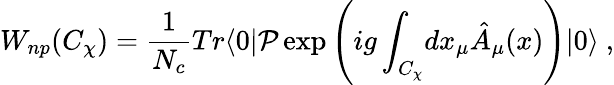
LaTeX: W_{np}(C_{\chi})={\frac{1}{N_{c}}}Tr\langle 0|\mathcal{P}\exp\left(ig\int_{C_{\chi}}\! dx_{\mu}\hat{A}_{\mu}(x)\right)|0\rangle\ ,